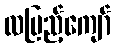
လပြည့်ကျော်